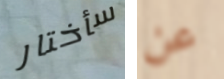
سأختار عن